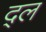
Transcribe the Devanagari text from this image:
द्ल